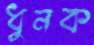
ধুনক